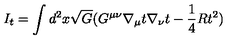
I _ { t } = \int d ^ { 2 } x \sqrt { G } ( G ^ { \mu \nu } \nabla _ { \mu } t \nabla _ { \nu } t - \frac { 1 } { 4 } R t ^ { 2 } )